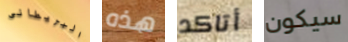
البريطانى هذه أتاكد سيكون